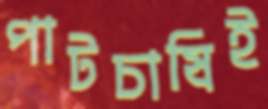
পাটচাষিই